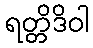
ရတ္တိဒိဝါ